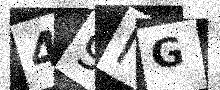
Text: 49IG